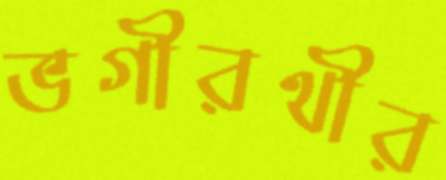
ভগীরথীর